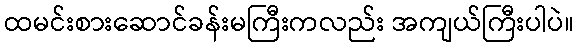
ထမင်းစားဆောင်ခန်းမကြီးကလည်း အကျယ်ကြီးပါပဲ။